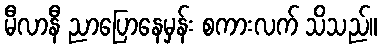
မီလာနီ ညာပြောနေမှန်း စကားလက် သိသည်။